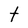
Character: t